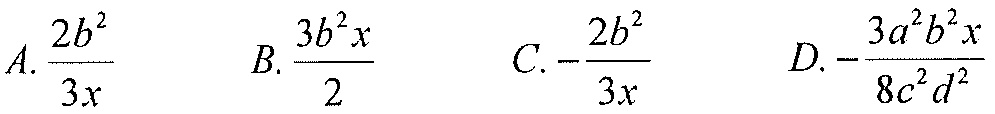
\(A.\frac{2b^{2}}{3x}\quad B.\frac{3b^{2}x}{2}\quad C.-\frac{2b^{2}}{3x}\quad D.-\frac{3a^{2}b^{2}x}{8c^{2}d^{2}}\)